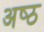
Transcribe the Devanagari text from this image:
अष्‍ठ